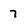
Character: 7